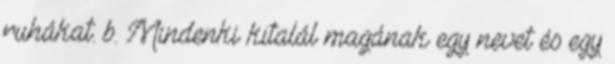
ruhákat. b. Mindenki kitalál magának egy nevet és egy